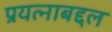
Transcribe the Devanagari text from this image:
प्रयत्नाबद्दल